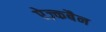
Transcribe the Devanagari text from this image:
ऐज़्कबैन